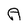
Character: A